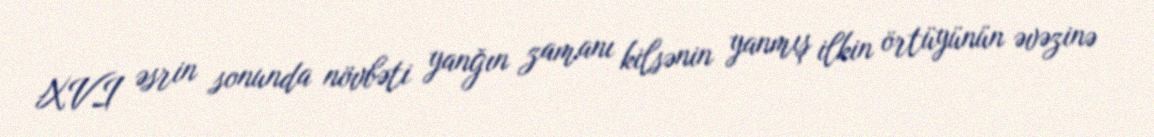
XVI əsrin sonunda növbəti yanğın zamanı kilsənin yanmış ilkin örtüyünün əvəzinə